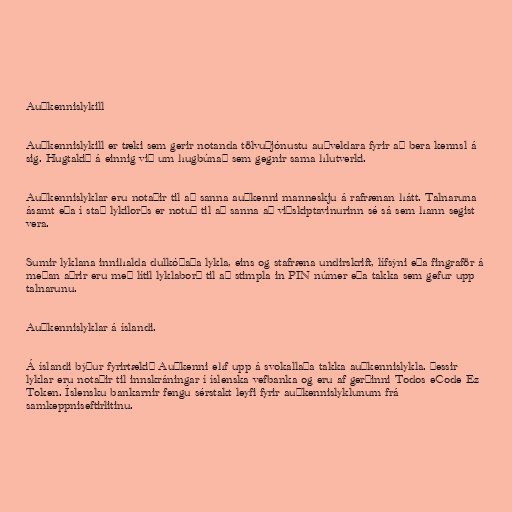
Auðkennislykill

Auðkennislykill er tæki sem gerir notanda tölvuþjónustu auðveldara fyrir að bera kennsl á
sig. Hugtakið á einnig við um hugbúnað sem gegnir sama hlutverki.

Auðkennislyklar eru notaðir til að sanna auðkenni manneskju á rafrænan hátt. Talnaruna
ásamt eða í stað lykilorðs er notuð til að sanna að viðskiptavinurinn sé sá sem hann segist
vera.

Sumir lyklana innihalda dulkóðaða lykla, eins og stafræna undirskrift, lífsýni eða fingraför á
meðan aðrir eru með lítil lyklaborð til að stimpla in PIN númer eða takka sem gefur upp
talnarunu.

Auðkennislyklar á íslandi.

Á íslandi býður fyrirtækið Auðkenni ehf upp á svokallaða takka auðkennislykla. Þessir
lyklar eru notaðir til innskráningar í íslenska vefbanka og eru af gerðinni Todos eCode Ez
Token. Íslensku bankarnir fengu sérstakt leyfi fyrir auðkennislyklunum frá
samkeppniseftirlitinu.